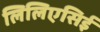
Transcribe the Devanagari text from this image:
लिलिएसिई